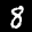
Digit: 8